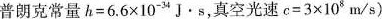
普朗克常量$$h = 6 . 6 \times 1 0 ^ { - 3 4 } J · s$$，真空光速$$c = 3 \times 1 0 ^ { 8 } m / s)$$